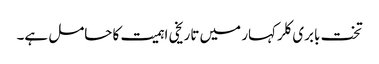
تخت بابری کلر کہار میں تاریخی اہمیت کا حامل ہے۔